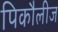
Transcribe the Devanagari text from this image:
पिकौलीज